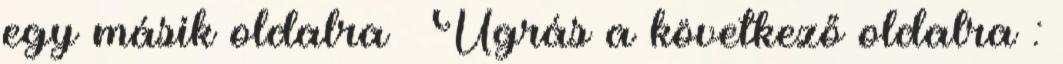
egy másik oldalra ♛ Ugrás a következő oldalra :